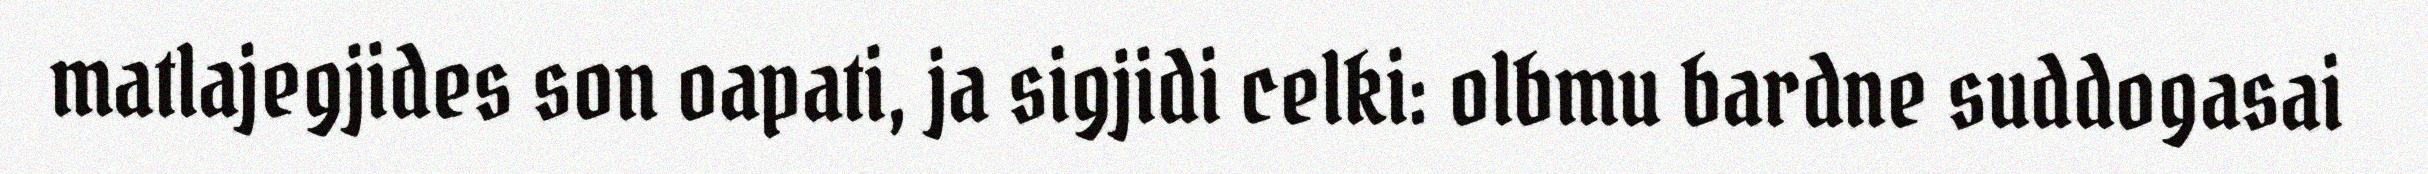
matlajegjides son oapati, ja sigjidi celki: olbmu bardne suddogasai